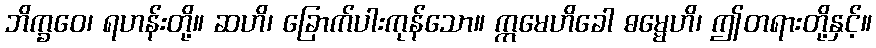
ဘိက္ခဝေ၊ ရဟန်းတို့။ ဆဟိ၊ ခြောက်ပါးကုန်သော။ ဣမေဟိခေါ ဓမ္မေဟိ၊ ဤတရားတို့နှင့်။